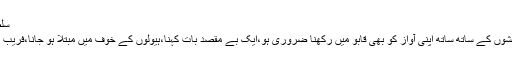
سلطان جمیل نسیم نے لکھا ہے :
’’ان حالات میں جب اپنی خواہشوں کے ساتھ ساتھ اپنی آواز کو بھی قابو میں رکھنا ضروری ہو،ایک بے مقصد بات کہنا،ہیولوں کے خوف میں مبتلا ہو جانا،فریب نظر کو نشان منزل سمجھ لینا۔